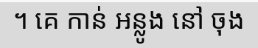
។ គេ កាន់ អន្លូង នៅ ចុង